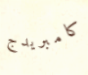
كامبريدج